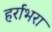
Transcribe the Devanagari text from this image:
हर्राभरा